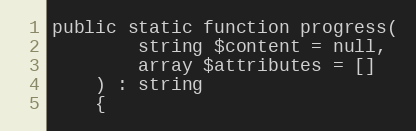
Language: PHP
public static function progress(
        string $content = null,
        array $attributes = []
    ) : string
    {